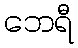
ဘေရီ